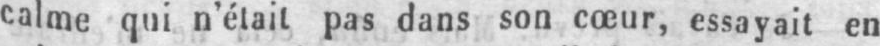
calme qui n’était pas dans son cœur, essayait en